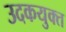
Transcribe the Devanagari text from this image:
उदकयुक्त